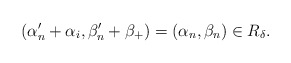
\begin{align*} (\alpha'_n+\alpha_i,\beta'_n+\beta_+)=(\alpha_n,\beta_n)\in R_\delta.\end{align*}